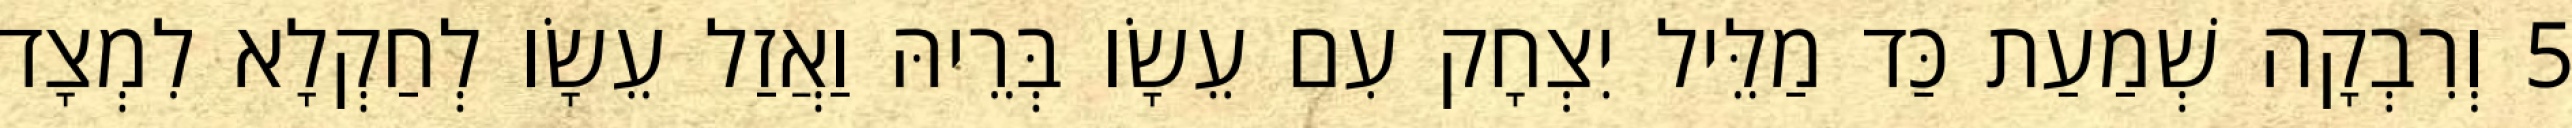
5 וְרִבְקָה שְׁמַעַת כַּד מַלֵּיל יִצְחָק עִם עֵשָׂו בְּרֵיהּ וַאֲזַל עֵשָׂו לְחַקְלָא לִמְצָד